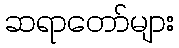
ဆရာတော်များ